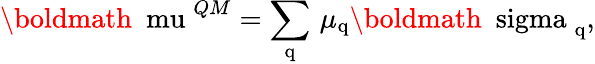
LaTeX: \mathrm{\boldmath~\ mu~}^{QM}=\sum_{\mathrm{q}}\, \mu_{\mathrm{q}}\mathrm{\boldmath~\ sigma~}_{\mathrm{q}},